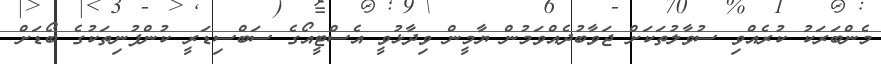
މެންބަރަކު ކުރެއްވި ސުވާލުތަކަށް ޖަވާބުދެއްވަމުން ޔާމީން ވިދާޅުވީ އެސްޓީއޯގެ ސަބްސިޑަރީ ކުންފުނިތަކުގެ ބޯޑަށް